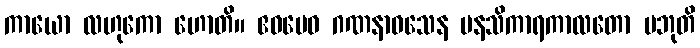
ကာယော လဟုကော ဟောတိ။ ဧဝမေဝ ဂဏနာဝသေန မနသိကာရကာလတော ပဘုတိ